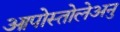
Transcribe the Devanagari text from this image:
आपोस्तोलेअनु